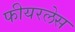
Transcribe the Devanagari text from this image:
फीयरलेस